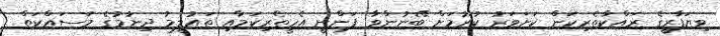
ވިޔަފާރީގެ ރައްކާތެރިކަން ކަށަވަރު ކުރުމަށް ބޭނުންވާ ފަންނީ އެހީތެރިކަމާއި ތައުލީމު ދިނުމުގެ މަސައްކަތް